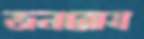
জনরোষ